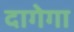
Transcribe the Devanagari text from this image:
दागेगा